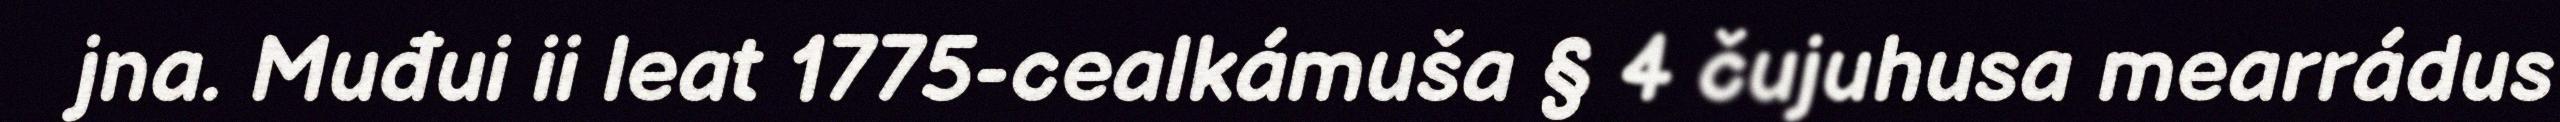
jna. Muđui ii leat 1775-cealkámuša § 4 čujuhusa mearrádus